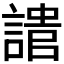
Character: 𧪯